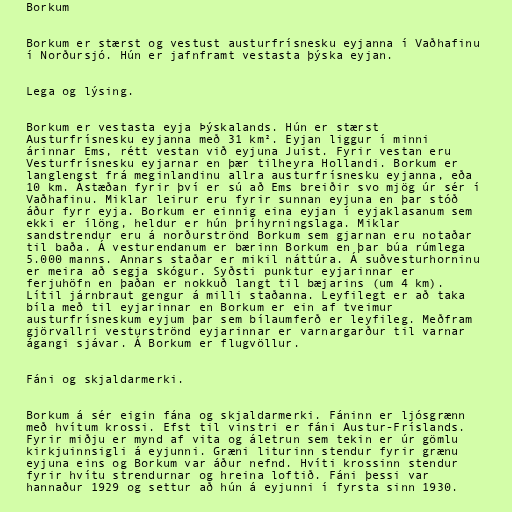
Borkum

Borkum er stærst og vestust austurfrísnesku eyjanna í Vaðhafinu
í Norðursjó. Hún er jafnframt vestasta þýska eyjan.

Lega og lýsing.

Borkum er vestasta eyja Þýskalands. Hún er stærst
Austurfrísnesku eyjanna með 31 km². Eyjan liggur í minni
árinnar Ems, rétt vestan við eyjuna Juist. Fyrir vestan eru
Vesturfrísnesku eyjarnar en þær tilheyra Hollandi. Borkum er
langlengst frá meginlandinu allra austurfrísnesku eyjanna, eða
10 km. Ástæðan fyrir því er sú að Ems breiðir svo mjög úr sér í
Vaðhafinu. Miklar leirur eru fyrir sunnan eyjuna en þar stóð
áður fyrr eyja. Borkum er einnig eina eyjan í eyjaklasanum sem
ekki er ílöng, heldur er hún þríhyrningslaga. Miklar
sandstrendur eru á norðurströnd Borkum sem gjarnan eru notaðar
til baða. Á vesturendanum er bærinn Borkum en þar búa rúmlega
5.000 manns. Annars staðar er mikil náttúra. Á suðvesturhorninu
er meira að segja skógur. Syðsti punktur eyjarinnar er
ferjuhöfn en þaðan er nokkuð langt til bæjarins (um 4 km).
Lítil járnbraut gengur á milli staðanna. Leyfilegt er að taka
bíla með til eyjarinnar en Borkum er ein af tveimur
austurfrísneskum eyjum þar sem bílaumferð er leyfileg. Meðfram
gjörvallri vesturströnd eyjarinnar er varnargarður til varnar
ágangi sjávar. Á Borkum er flugvöllur.

Fáni og skjaldarmerki.

Borkum á sér eigin fána og skjaldarmerki. Fáninn er ljósgrænn
með hvítum krossi. Efst til vinstri er fáni Austur-Fríslands.
Fyrir miðju er mynd af vita og áletrun sem tekin er úr gömlu
kirkjuinnsigli á eyjunni. Græni liturinn stendur fyrir grænu
eyjuna eins og Borkum var áður nefnd. Hvíti krossinn stendur
fyrir hvítu strendurnar og hreina loftið. Fáni þessi var
hannaður 1929 og settur að hún á eyjunni í fyrsta sinn 1930.